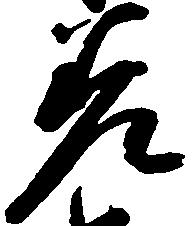
差